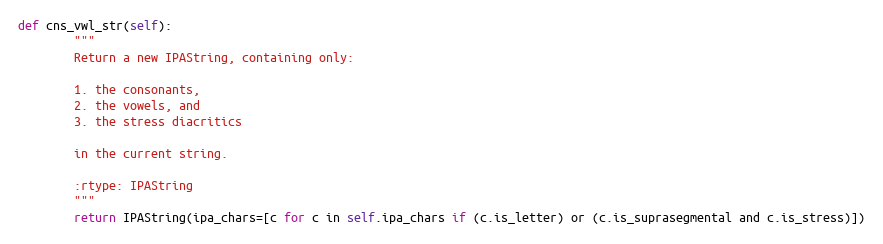
Language: Python
def cns_vwl_str(self):
        """
        Return a new IPAString, containing only:

        1. the consonants,
        2. the vowels, and
        3. the stress diacritics

        in the current string.

        :rtype: IPAString
        """
        return IPAString(ipa_chars=[c for c in self.ipa_chars if (c.is_letter) or (c.is_suprasegmental and c.is_stress)])